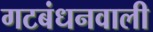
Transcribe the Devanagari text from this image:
गटबंधनवाली